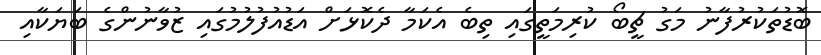
ބޮޑުތަކުރުފާނު މަގު ޗީބޯ ކުރިމަތީގައި ތިބެ އެކަމާ ދެކޮޅަށް އަޑުއުފުލުމުގައި ޒުވާނުންގެ ބަޔަކާއި